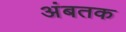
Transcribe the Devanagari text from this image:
अंबतक